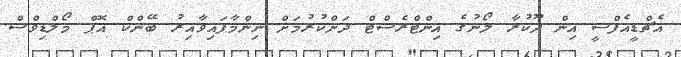
އެޗްޑީއެފްސީ އިން ދޫކުރާ ލޯނުގެ އިންޓްރެސްޓް ދަށްކުރުމަށް ނިންމާފައިވާއިރު ބޭންކް އޮޕް މޯލްޑިވްސް